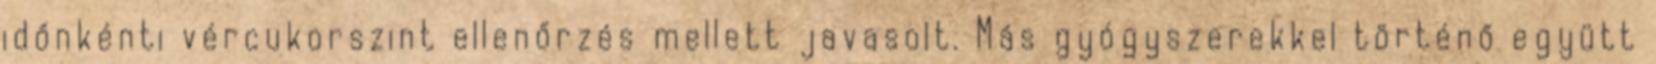
időnkénti vércukorszint ellenőrzés mellett javasolt. Más gyógyszerekkel történő együtt